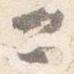
公